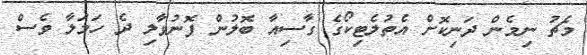
މެޗު ނިމެން ދަނިކޮށް އެތުލެޓިކޯގެ ގާސިއާ ބޮލުން ފޮނުވާލި ދެ ހަމަލާ ވެސް